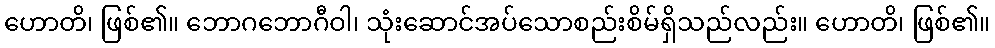
ဟောတိ၊ ဖြစ်၏။ ဘောဂဘောဂီဝါ၊ သုံးဆောင်အပ်သောစည်းစိမ်ရှိသည်လည်း။ ဟောတိ၊ ဖြစ်၏။